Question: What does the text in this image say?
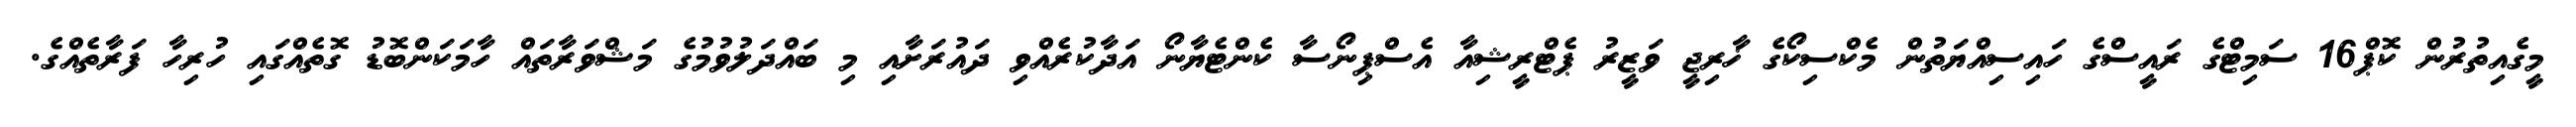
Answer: މީގެއިތުރުން ކޮޕް16 ސަމިޓްގެ ރައީސްގެ ހައިސިއްޔަތުން މެކްސިކޯގެ ޚާރިޖީ ވަޒީރު ޕެޓްރީޝިއާ އެސްޕިނޯސާ ކެންޓެޔާނޯ އަދާކުރެއްވި ދައުރަށާއި މި ބައްދަލުވުމުގެ މަޝްވަރާތައް ހާމަކަންބޮޑު ގޮތެއްގައި ހުރިހާ ފަރާތެއްގެ.